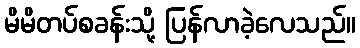
မိမိတပ်စခန်းသို့ ပြန်လာခဲ့လေသည်။